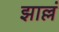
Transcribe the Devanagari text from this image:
झाल्लं